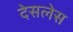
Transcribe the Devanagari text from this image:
देसलेस